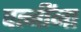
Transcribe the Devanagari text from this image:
पत्‍नींना